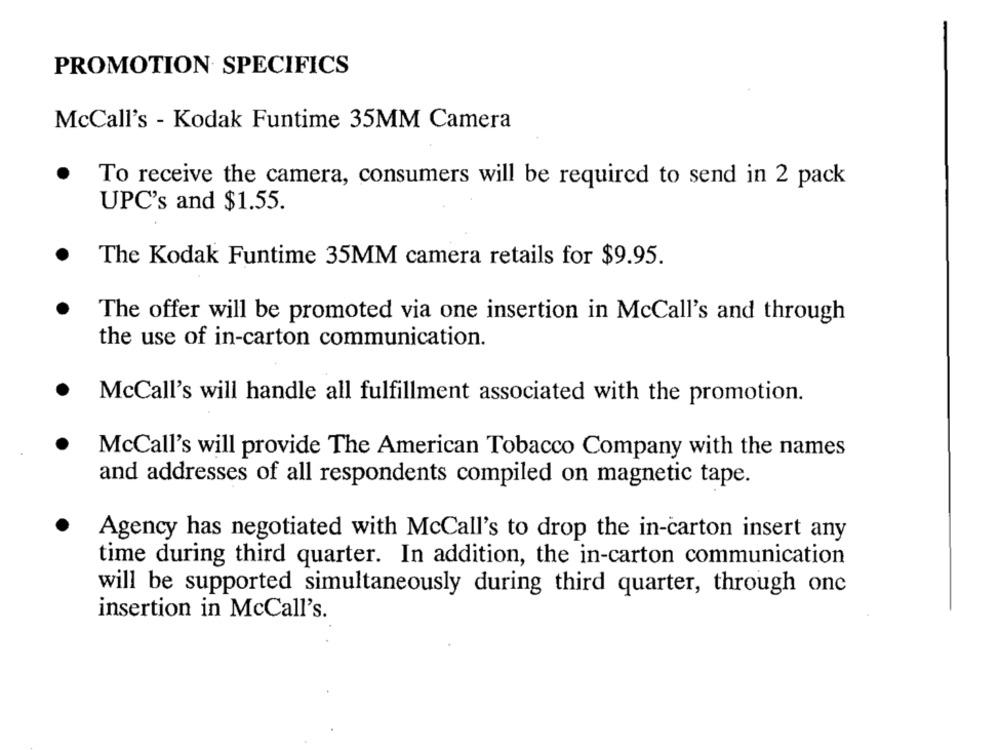
PROMOTION SPECIFICS
McCall's - Kodak Funtime 35MM Camera
To receive the camera, consumers will be required to send in 2 pack
UPC's and $1.55.
.
The Kodak Funtime 35MM camera retails for $9.95.
The offer will be promoted via one insertion in McCall's and through
the use of in-carton communication.
.
McCall's will handle all fulfillment associated with the promotion.
McCall's will provide The American Tobacco Company with the names
and addresses of all respondents compiled on magnetic tape.
Agency has negotiated with McCall's to drop the in-carton insert any
time during third quarter. In addition, the in-carton communication
will be supported simultaneously during third quarter, through onc
insertion in McCall's.